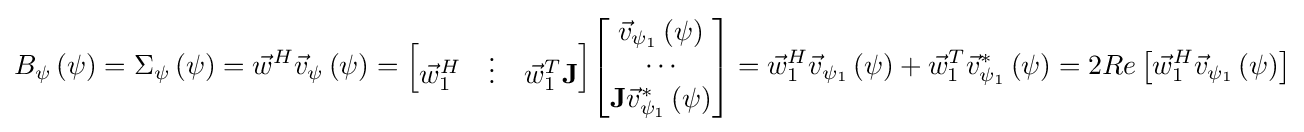
B_{\psi }\left(\psi \right)=\Sigma _{\psi }\left(\psi \right)={\vec {w}}^{H}{\vec {v}}_{\psi }\left(\psi \right)={\begin{bmatrix}{\vec {w}}_{1}^{H}&\vdots &{\vec {w}}_{1}^{T}{\textbf {J}}\end{bmatrix}}{\begin{bmatrix}{\vec {v}}_{\psi _{1}}\left(\psi \right)\\\cdots \\{\textbf {J}}{\vec {v}}_{\psi _{1}}^{*}\left(\psi \right)\end{bmatrix}}={\vec {w}}_{1}^{H}{\vec {v}}_{\psi _{1}}\left(\psi \right)+{\vec {w}}_{1}^{T}{\vec {v}}_{\psi _{1}}^{*}\left(\psi \right)=2Re\left[{\vec {w}}_{1}^{H}{\vec {v}}_{\psi _{1}}\left(\psi \right)\right]